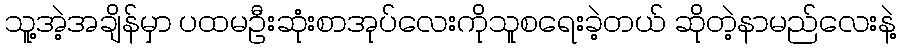
သူ့အဲ့အချိန်မှာ ပထမဦးဆုံးစာအုပ်လေးကိုသူစရေးခဲ့တယ် ဆိုတဲ့နာမည်လေးနဲ့